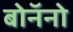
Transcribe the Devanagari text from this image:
बोनॅनो